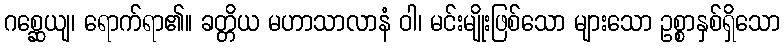
ဂစ္ဆေယျ၊ ရောက်ရာ၏။ ခတ္တိယ မဟာသာလာနံ ဝါ၊ မင်းမျိုးဖြစ်သော များသော ဥစ္စာနှစ်ရှိသော